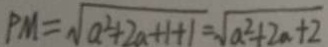
P M = \sqrt { a ^ { 2 } + 2 a + 1 + 1 } = \sqrt { a ^ { 2 } + 2 a + 2 }